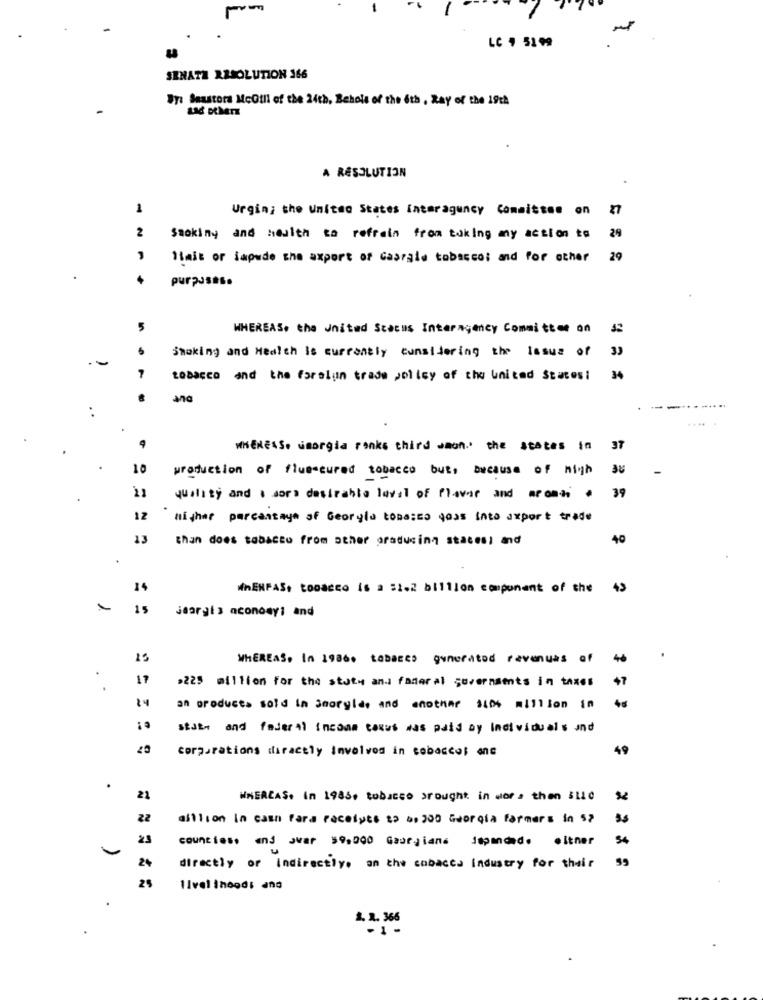
LC , 5199
SENATE RESOLUTION 366
Iyi Seustora McGill of the 24th, Behols of the 6th , Ray of the 19th
Lad other
A RÉSOLUTION
1
Urging the United States Interagency Committee on 27
2
Smoking and health to refrain from taking my action to 29
1fait or iapude the axport of Caprale tobacco: and for other 29
purposes.
5
WHEREAS, the United Stacus Interagency Committee on
Smoking and Health is currently considering the lasue of 3
A
tobacco and the foreign trade policy of the United Statesi
34
WHEREAS. umorgia ranks third wmon." the states in 37
10
production of flusscured tobacco but, because of high
38
21
quality and a sors desirable laval of flevar and mroad # 39
12
higher percentage of Georgia tobacco goss into axport trade
13
than does tabacto from other graducing statesl and
40
14
WHENFAS, tobacco is a =1.2 billion component of the 45
15
jeargis economy and
25
WHEREAS, In 19860 tabaces generated revenues of
46
17
.225 million for the state and federal governments in taxes
47
84
48
an products sold in Smoryid, and another si0 million in
state and federal income taxus was paid by Individuals and
corporations directly Involved in tobaccol one
49
.
21
WNERCAS. In 1986, tobacco brought in wor . then Stic
22
aillion in casn fara racelyts 22 . 300 Georgia farmers in S?
23
counties. and Jwar $9,000 Gaurgiane Japandad.
.itner
24
directly or Indirectly, on the enbacca industry for their
25
TIvel inood: and
.
2. 2. 366